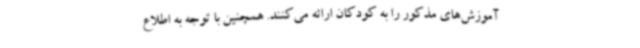
آموزش‌های مذکور را به کودکان ارائه می‌کنند. همچنین با توجه به اطلاع